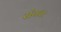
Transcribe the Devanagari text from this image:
रांगच